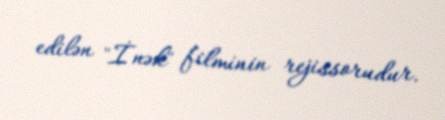
edilən "İnək" filminin rejissorudur.